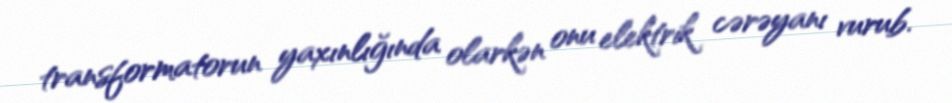
transformatorun yaxınlığında olarkən onu elektrik cərəyanı vurub.